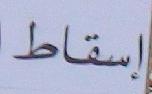
إسقاط